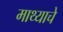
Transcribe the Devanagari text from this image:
माथ्याचे